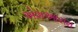
એશઆરામ